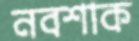
নবশাক